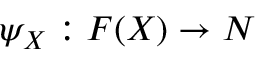
\psi _ { X } : F ( X ) \to N